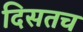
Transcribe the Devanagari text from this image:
दिसतच